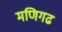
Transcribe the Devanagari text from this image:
मणिगढ